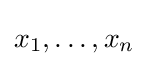
x_{1},\dots ,x_{n}